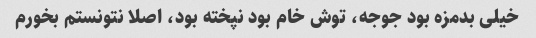
خیلی بدمزه بود جوجه، توش خام بود نپخته بود، اصلا نتونستم بخورم